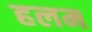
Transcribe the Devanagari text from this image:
हलम